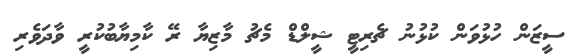
ސީޒަން ހުޅުވަން ކުޅުނު ޗެރިޓީ ޝީލްޑް މެޗު މާޒިޔާ ރޭ ކާމިޔާބުކުރީ ވާދަވެރި